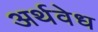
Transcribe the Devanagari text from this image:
अर्थवेध